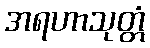
အရဟာသုတ္တံ